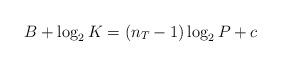
LaTeX: \begin{align*} B +\log_2 K = (n_T -1) \log_2 P +c \end{align*}